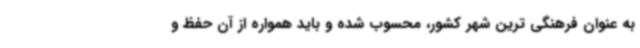
به عنوان فرهنگی ترین شهر کشور، محسوب شده و باید همواره از آن حفظ و